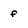
Character: f